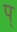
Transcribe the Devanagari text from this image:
प्‌